Leaving Certificate Examination, 1913
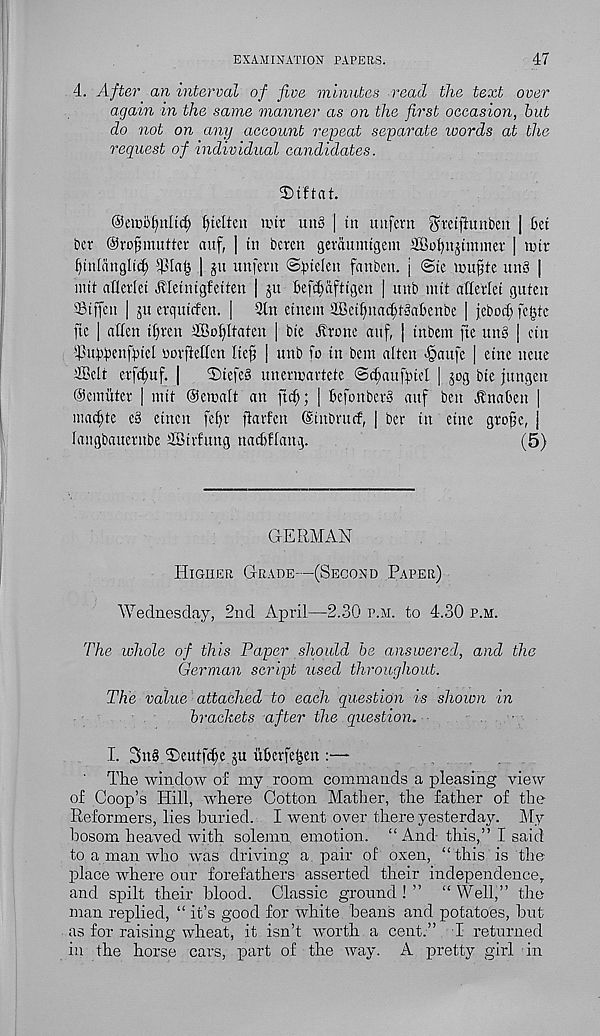
EXAMINATION PAPERS.
47
4. After an interval of five minutes read the text over
again in the same manner as on the first occasion, but
do not on any account repeat separate words at the
request of individual candidates.
D t f t a t.
©eiDofynltd) fyteiteu nut un§ | in uufem ^retfimiben | bet
ber Oro^mutter auf, | tu beren geraumtgem SBobnjtmmer | tutr
fjmlanglidj 5pin^ | ju unfern ©fuelen fanben. j @te tcu^te un>3 |
mit a'flerlet Jlletntgfeiten | ju befc^afttgen | unb mit atterlei guten
33tffen | ju erqutcfen. | 9tn etnem SBeilfnacfftgabcnbe | jebocf; fcijte
fte | alien tlfren ffioffltaten | bte Jlrone auf, j tnbem fie un3 | etn
^ubbenfbtcl toorflelfcn Ite^ | unb fo in bem alien <§aufc | etne ncue
2Belt erfe^uf. |
2>tefe§ unenparteie @d;aufbtel | jog bte jungen
©emitter | mti ©email an fid;; | befonberS auf ben Jlnaben |
madjte c3 etnen fef)r fiarfen (Sinbrucf, | ber in etne grofje, J
fangbauernbe dBtrfung nacbflang.
(5)
GERMAN
Higher Grade—(Second Paper)
Wednesday, 2nd April—2.30 p.m. to 4.30 p.m.
The whole of this Paper should be answered, and the
German script used throughout.
The value attached to each question is shown in
brachets after the question.
-
I. 3n3 2)eutfd)e ju uberfetjen :—
The window of my room commands a pleasing view
of Coop’s Hill, where Cotton Mather, the father of the
Reformers, lies buried. I went over there yesterday. My
bosom heaved with solemn emotion. “And- this,” I said
to a man who was driving a. pair of oxen, “this is the
place where our forefathers asserted their independence,
and spilt their blood. Classic ground ! ” “ Well,” the
man replied, “ it’s good for white beans and potatoes, hut
as for raising wheat, it isn’t worth a cent.” I returned
in the horse cars, part of the way. A pretty girl in